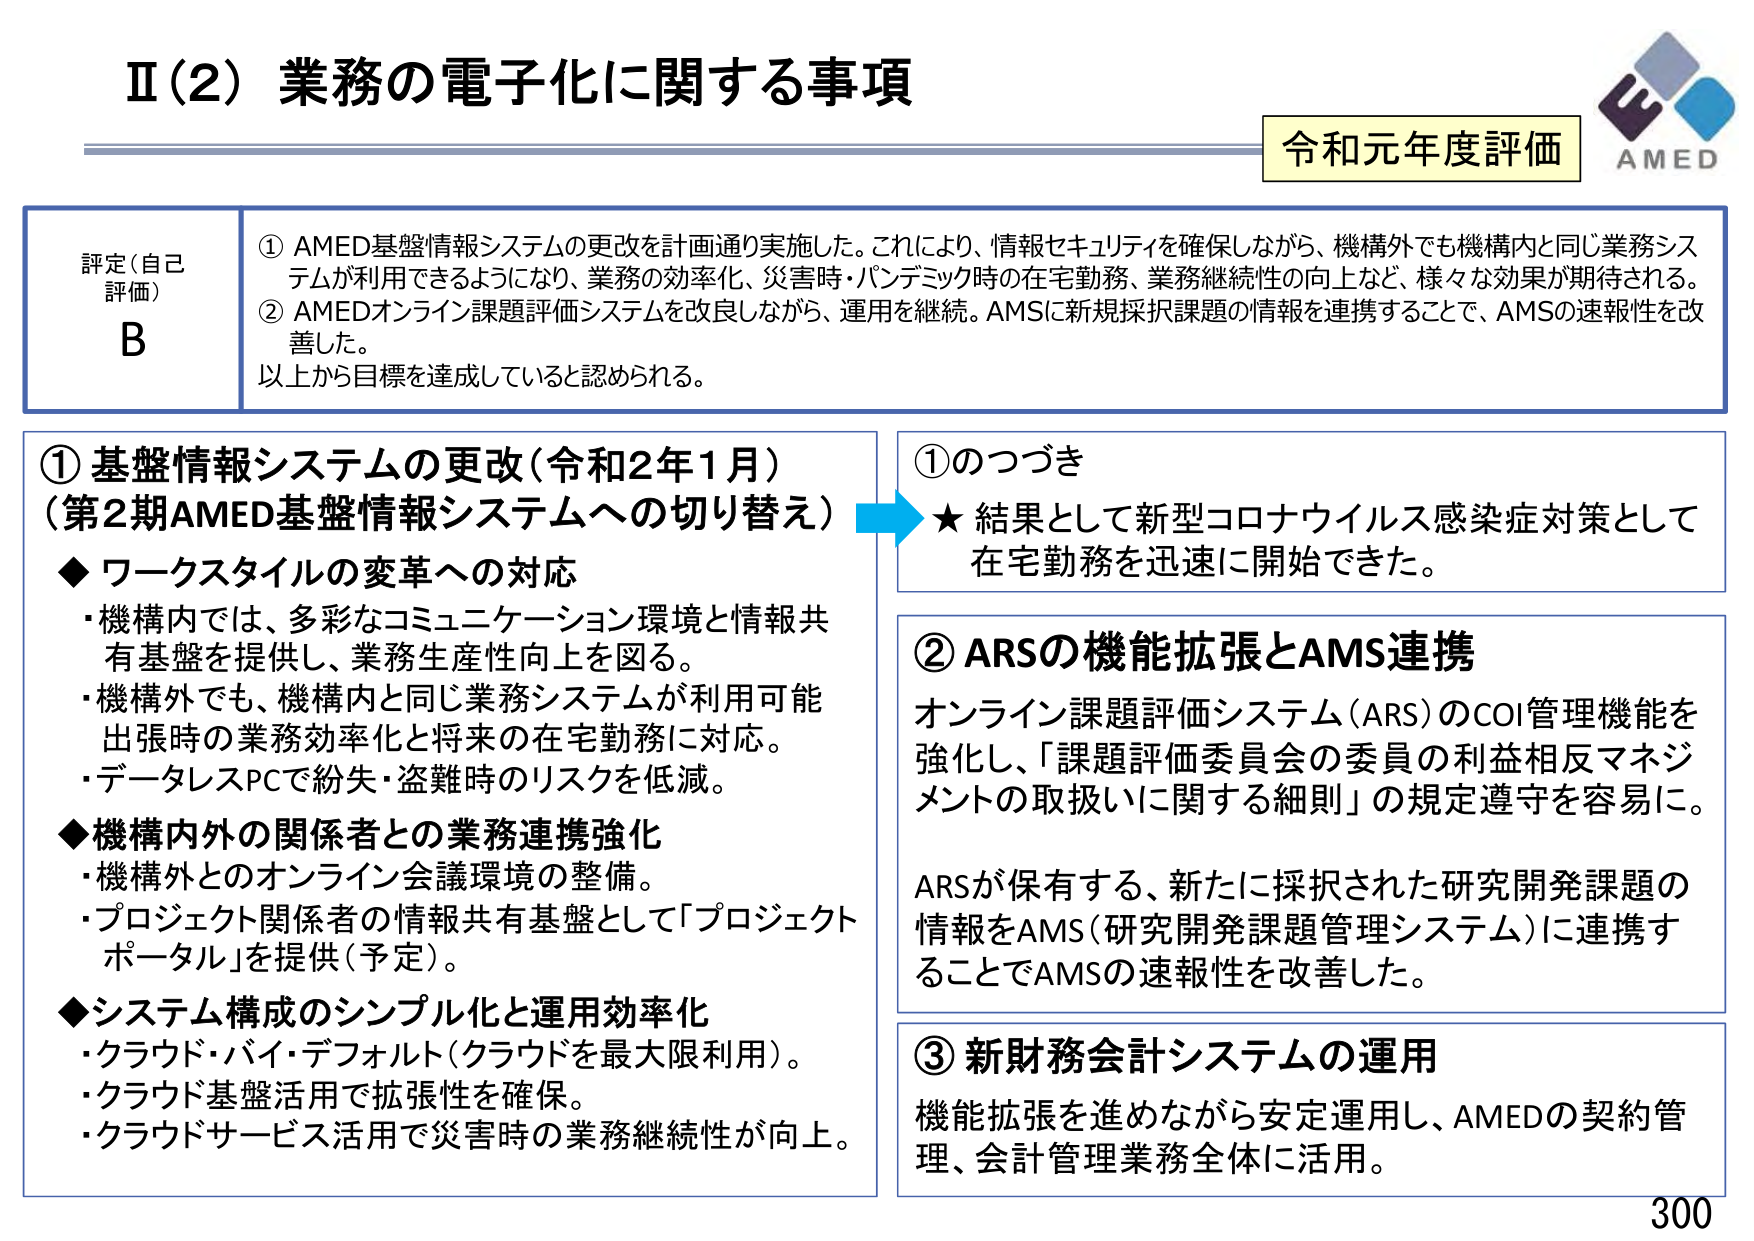
Ⅱ（2）業務の電子化に関する事項

令和元年度評価

AMED

評定（自己評価）
B

① AMED基盤情報システムの更改を計画通り実施した。これにより、情報セキュリティを確保しながら、機構外でも機構内と同じ業務システムが利用できるようになり、業務の効率化、災害時・パンデミック時の在宅勤務、業務継続性の向上など、様々な効果が期待される。
② AMEDオンライン課題評価システムを改良しながら、運用を継続。AMSに新規採択課題の情報を連携することで、AMSの速報性を改善した。
以上から目標を達成していると認められる。

① 基盤情報システムの更改（令和2年1月）
（第2期AMED基盤情報システムへの切り替え）

◆ ワークスタイルの変革への対応
・機構内では、多彩なコミュニケーション環境と情報共有基盤を提供し、業務生産性向上を図る。
・機構外でも、機構内と同じ業務システムが利用可能出張時の業務効率化と将来の在宅勤務に対応。
・データレスPCで紛失・盗難時のリスクを低減。

◆ 機構内外の関係者との業務連携強化
・機構外とのオンライン会議環境の整備。
・プロジェクト関係者の情報共有基盤として「プロジェクトポータル」を提供（予定）。

◆ システム構成のシンプル化と運用効率化
・クラウド・バイ・デフォルト（クラウドを最大限利用）。
・クラウド基盤活用で拡張性を確保。
・クラウドサービス活用で災害時の業務継続性が向上。

①のつづき
★ 結果として新型コロナウイルス感染症対策として在宅勤務を迅速に開始できた。

② ARSの機能拡張とAMS連携
オンライン課題評価システム（ARS）のCOI管理機能を強化し、「課題評価委員会の委員の利益相反マネジメントの取扱いに関する細則」の規定遵守を容易に。

ARSが保有する、新たに採択された研究開発課題の情報をAMS（研究開発課題管理システム）に連携することでAMSの速報性を改善した。

③ 新財務会計システムの運用
機能拡張を進めながら安定運用し、AMEDの契約管理、会計管理業務全体に活用。

300